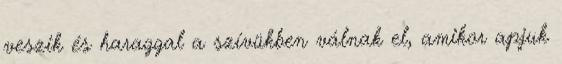
veszik és haraggal a szívükben válnak el, amikor apjuk